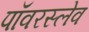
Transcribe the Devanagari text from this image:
पॉवरस्लेव